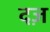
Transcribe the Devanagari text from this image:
दज़